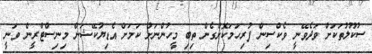
ސުކޫލުތަކަށް ވަދެވޭނީ ވެކްސިން ފުރިހަމަކޮށްގެން ތިބި މީހުންނަށް ކަމަށް އެޑިޔުކޭޝަން މިނިސްޓްރީން ވަނީ